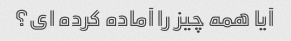
آیا همه چیز را آماده کرده ای؟